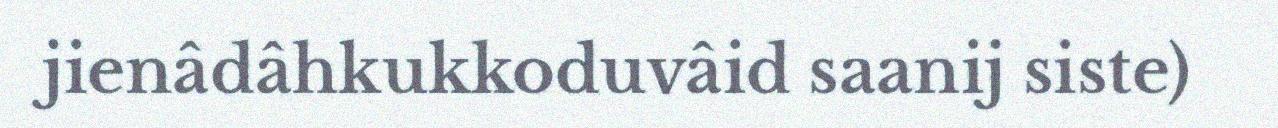
jienâdâhkukkoduvâid saanij siste)